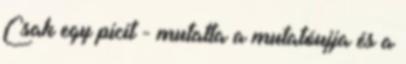
Csak egy picit - mutatta a mutatóujja és a